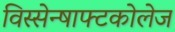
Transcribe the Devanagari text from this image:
विस्सेन्षाफ्टकोलेज